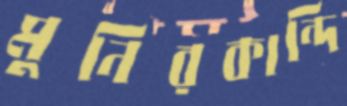
মুনিরকান্দি